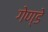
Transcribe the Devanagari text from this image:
गेण्डे